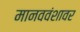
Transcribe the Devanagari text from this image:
मानववंशावर